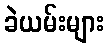
ခဲယမ်းများ